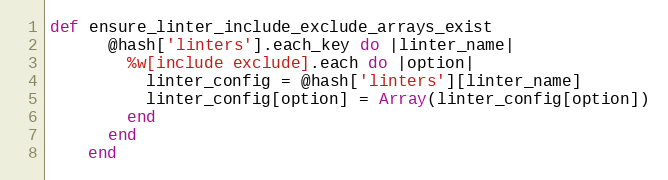
Language: Ruby
def ensure_linter_include_exclude_arrays_exist
      @hash['linters'].each_key do |linter_name|
        %w[include exclude].each do |option|
          linter_config = @hash['linters'][linter_name]
          linter_config[option] = Array(linter_config[option])
        end
      end
    end